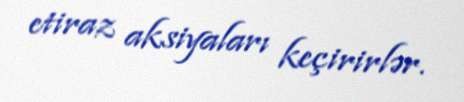
etiraz aksiyaları keçirirlər.